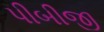
પીબીજી